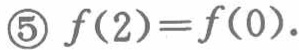
\textcircled{5} \(f(2)=f(0)\).